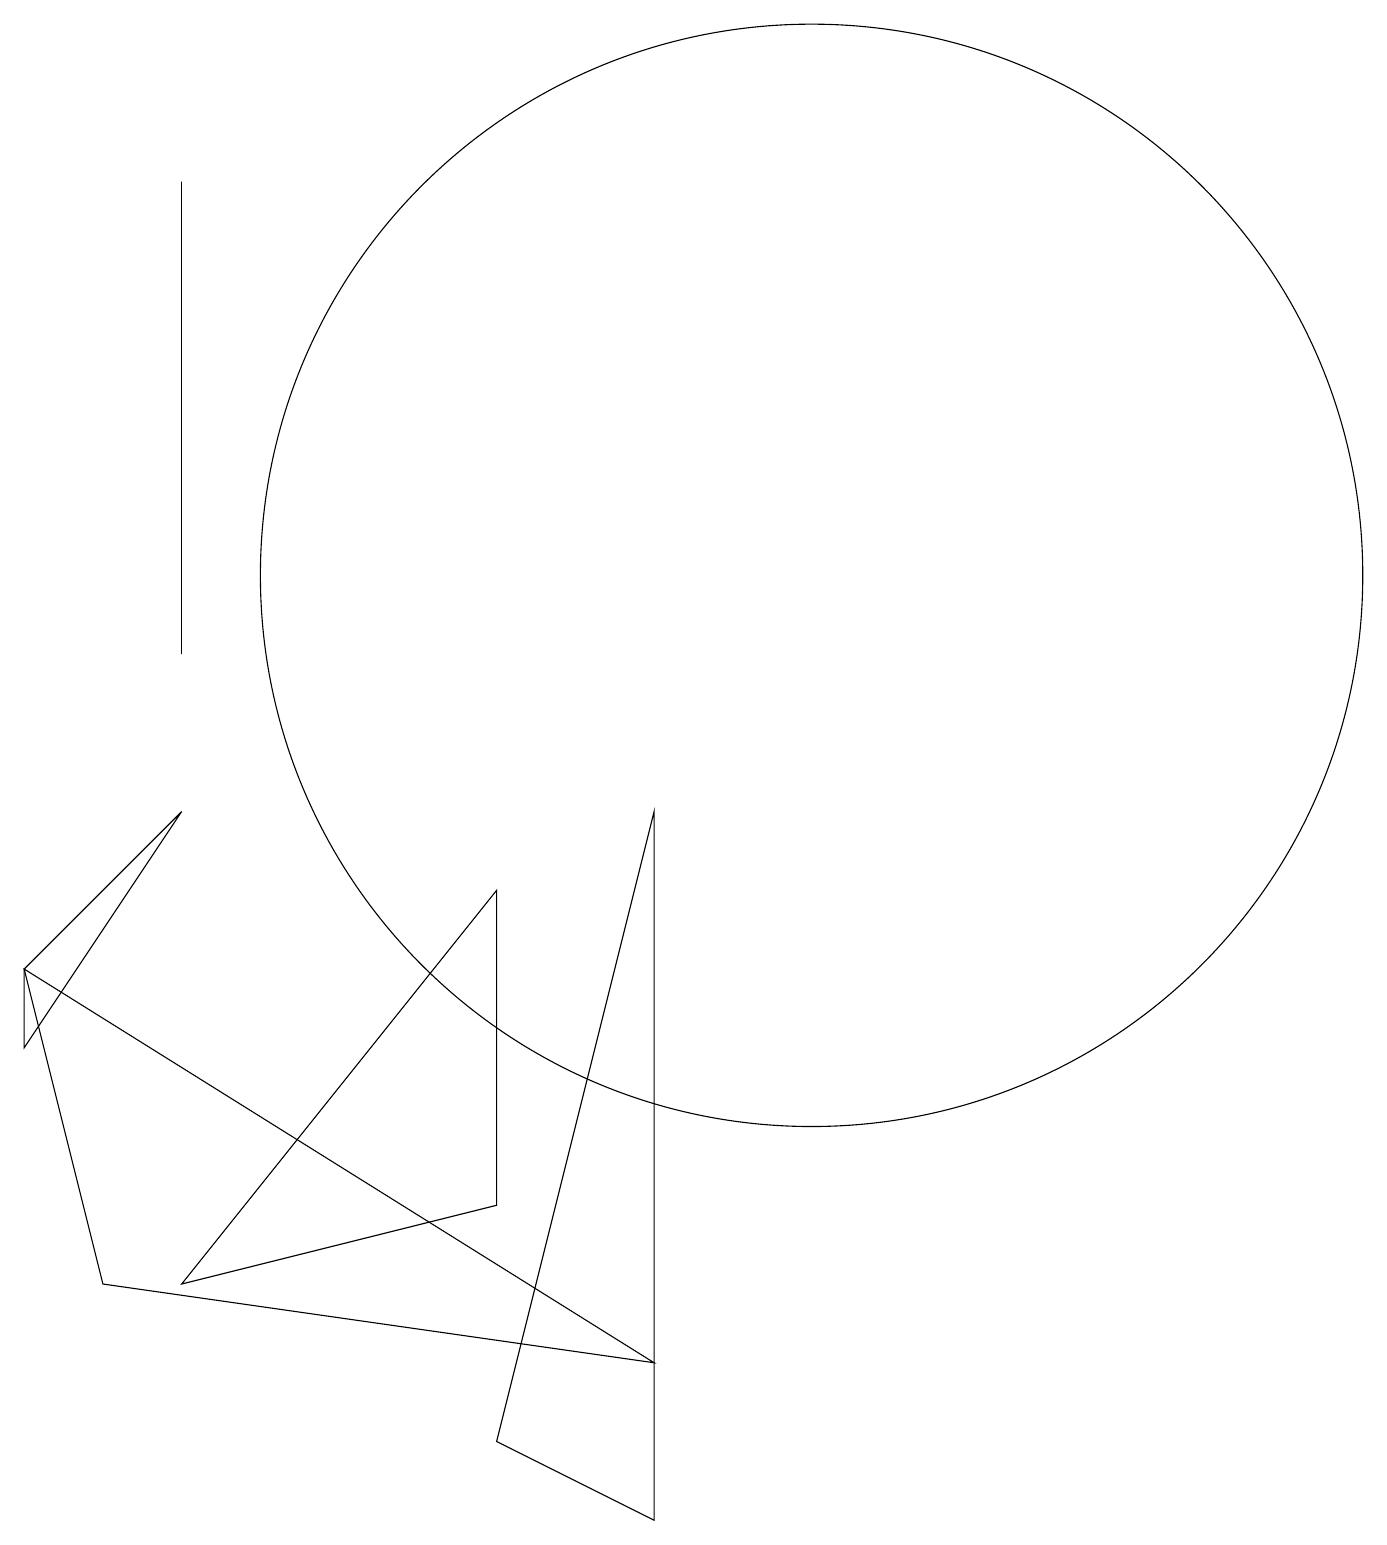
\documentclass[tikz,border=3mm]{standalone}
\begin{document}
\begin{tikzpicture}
\draw (11,12) circle (7);
\draw (3,9) -- (1,6) -- (1,7) -- cycle;
\draw (3,11) rectangle (3,17);
\draw (7,1) -- (9,0) -- (9,9) -- cycle;
\draw (9,2) -- (1,7) -- (2,3) -- cycle;
\draw (7,4) -- (3,3) -- (7,8) -- cycle;
\draw (11,10) circle (0);
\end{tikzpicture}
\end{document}